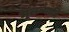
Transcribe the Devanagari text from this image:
मूलव्याधि